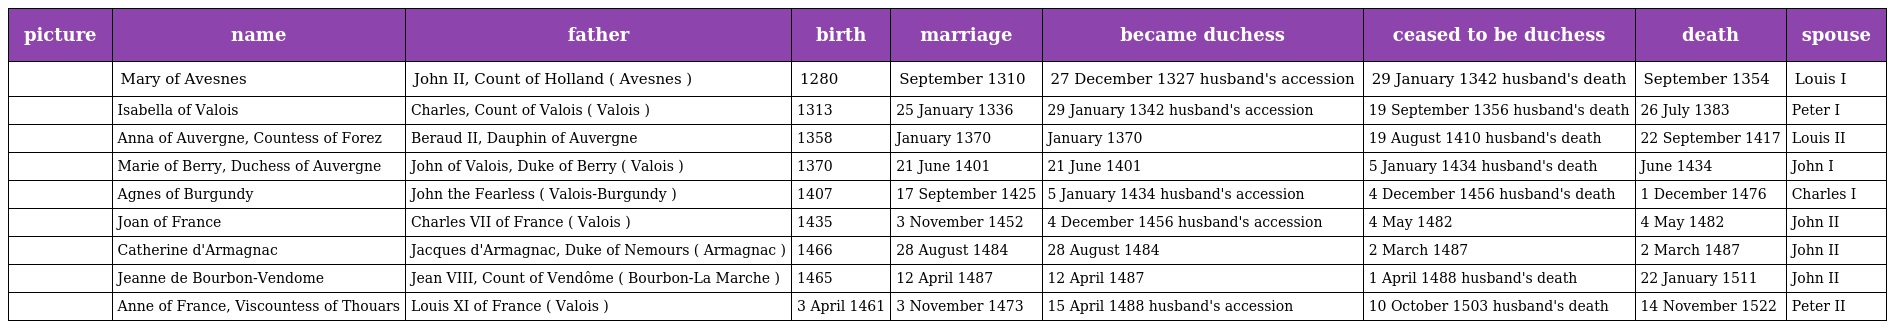
| picture | name | father | birth | marriage | became duchess | ceased to be duchess | death | spouse |
 | --- | --- | --- | --- | --- | --- | --- | --- | --- |
 |  | Mary of Avesnes | John II, Count of Holland ( Avesnes ) | 1280 | September 1310 | 27 December 1327 husband's accession | 29 January 1342 husband's death | September 1354 | Louis I |
 |  | Isabella of Valois | Charles, Count of Valois ( Valois ) | 1313 | 25 January 1336 | 29 January 1342 husband's accession | 19 September 1356 husband's death | 26 July 1383 | Peter I |
 |  | Anna of Auvergne, Countess of Forez | Beraud II, Dauphin of Auvergne | 1358 | January 1370 | January 1370 | 19 August 1410 husband's death | 22 September 1417 | Louis II |
 |  | Marie of Berry, Duchess of Auvergne | John of Valois, Duke of Berry ( Valois ) | 1370 | 21 June 1401 | 21 June 1401 | 5 January 1434 husband's death | June 1434 | John I |
 |  | Agnes of Burgundy | John the Fearless ( Valois-Burgundy ) | 1407 | 17 September 1425 | 5 January 1434 husband's accession | 4 December 1456 husband's death | 1 December 1476 | Charles I |
 |  | Joan of France | Charles VII of France ( Valois ) | 1435 | 3 November 1452 | 4 December 1456 husband's accession | 4 May 1482 | 4 May 1482 | John II |
 |  | Catherine d'Armagnac | Jacques d'Armagnac, Duke of Nemours ( Armagnac ) | 1466 | 28 August 1484 | 28 August 1484 | 2 March 1487 | 2 March 1487 | John II |
 |  | Jeanne de Bourbon-Vendome | Jean VIII, Count of Vendôme ( Bourbon-La Marche ) | 1465 | 12 April 1487 | 12 April 1487 | 1 April 1488 husband's death | 22 January 1511 | John II |
 |  | Anne of France, Viscountess of Thouars | Louis XI of France ( Valois ) | 3 April 1461 | 3 November 1473 | 15 April 1488 husband's accession | 10 October 1503 husband's death | 14 November 1522 | Peter II |